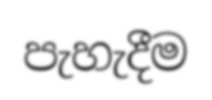
පැහැදීම